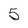
Character: 5